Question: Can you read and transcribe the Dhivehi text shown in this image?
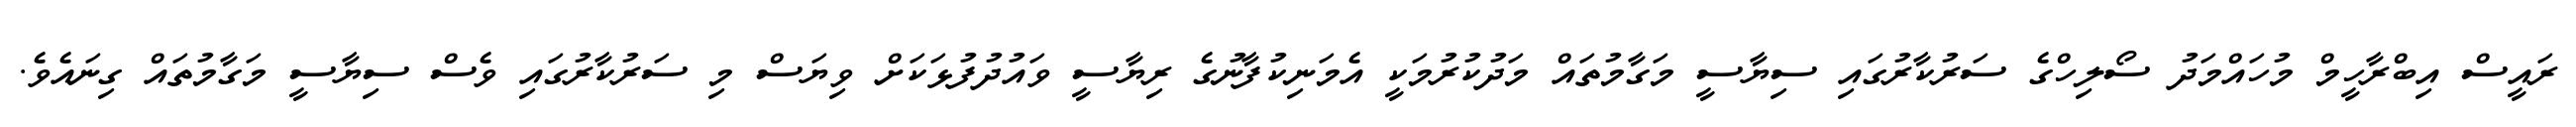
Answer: ރައީސް އިބްރާހީމް މުހައްމަދު ސޯލިހްގެ ސަރުކާރުގައި ސިޔާސީ މަގާމުތައް މަދުކުރުމަކީ އެމަނިކުފާނުގެ ރިޔާސީ ވައުދުފުޅަކަށް ވިޔަސް މި ސަރުކާރުގައި ވެސް ސިޔާސީ މަގާމުތައް ގިނައެވެ.